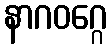
နာဂဝဂ္ဂေ